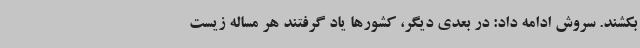
بکشند. سروش ادامه داد: در بعدی دیگر، کشورها یاد گرفتند هر مساله زیست